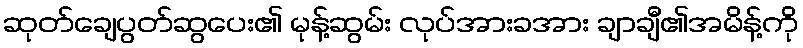
ဆုတ်ချေပွတ်ဆွပေး၏ မုန့်ဆွမ်း လုပ်အားခအား ချာချီ၏အမိန့်ကို